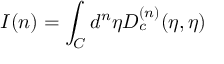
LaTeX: I ( n ) = \int _ { C } { d ^ { n } } { \eta } D _ { c } ^ { ( n ) } ( \eta , { \eta } )